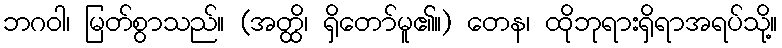
ဘဂဝါ၊ မြတ်စွာသည်။ (အတ္ထိ၊ ရှိတော်မူ၏။) တေန၊ ထိုဘုရားရှိရာအရပ်သို့။